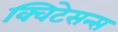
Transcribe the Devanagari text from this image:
क्विटेसन्स